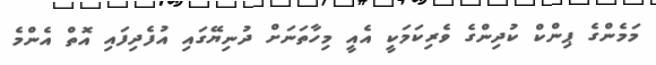
މަމެންގެ ޕިންކް ކުދިންގެ ވެރިކަމަކީ އެއީ މިހާތަނަށް ދުނިޔޭގައި އުފެދިފައި އޮތް އެންމެ